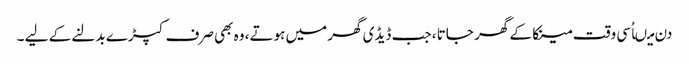
دن میںاُسی وقت مینکا کے گھر جاتا ، جب ڈیڈی گھر میں ہوتے، وہ بھی صرف کپڑے بدلنے کے لیے ۔